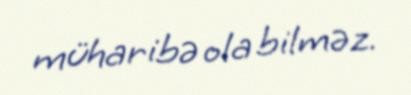
müharibə ola bilməz.